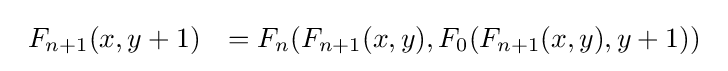
{\begin{array}{lll}F_{n+1}(x,y+1)&=F_{n}(F_{n+1}(x,y),F_{0}(F_{n+1}(x,y),y+1))\\\end{array}}